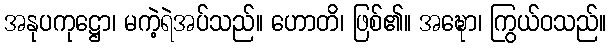
အနုပကုဋ္ဌော၊ မကဲ့ရဲအပ်သည်။ ဟောတိ၊ ဖြစ်၏။ အဍ္ဎော၊ ကြွယ်ဝသည်။